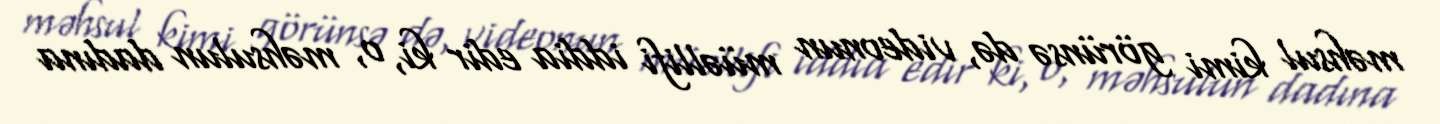
məhsul kimi görünsə də, videonun müəllifi iddia edir ki, o, məhsulun dadına